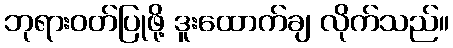
ဘုရားဝတ်ပြုဖို့ ဒူးထောက်ချ လိုက်သည်။